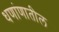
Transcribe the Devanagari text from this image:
धणांणातील